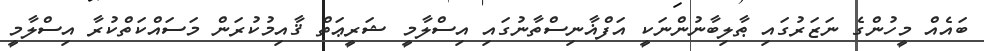
ބައެއް މީހުންގެ ނަޒަރުގައި ޠާލިބާނުންނަކީ އަފްޣާނިސްތާނުގައި އިސްލާމީ ޝަރީޢަތް ޤާއިމުކުރަން މަސައްކަތްކުރާ އިސްލާމީ